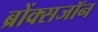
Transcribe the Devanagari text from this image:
ब्रोंक्सजॉन